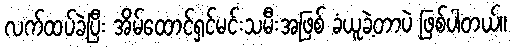
လက်ထပ်ခဲ့ပြီး အိမ်ထောင်ရှင်မင်းသမီးအဖြစ် ခံယူခဲ့တာပဲ ဖြစ်ပါတယ်။